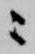
ニ